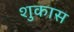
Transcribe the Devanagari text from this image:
शुकास